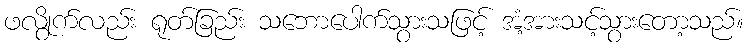
ဖလွိုက်လည်း ရုတ်ခြည်း သဘောပေါက်သွားသဖြင့် အံ့အားသင့်သွားတော့သည်။